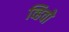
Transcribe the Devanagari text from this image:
व्हिवो